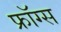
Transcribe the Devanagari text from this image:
फ्रॉग्स